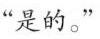
“是的?”